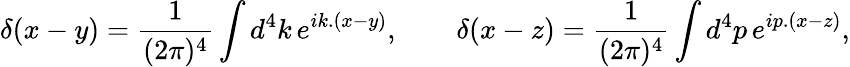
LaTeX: \delta(x-y)={\frac{1}{(2\pi)^{4}}}\int d^{4}k\, e^{ik.(x-y)},\qquad\delta(x-z)={\frac{1}{(2\pi)^{4}}}\int d^{4}p\, e^{ip.(x-z)},